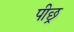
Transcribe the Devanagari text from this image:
पीछ्र